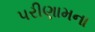
પરીણામના